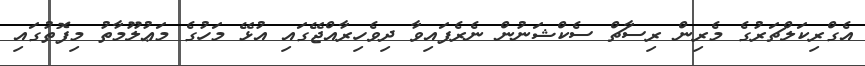
އެގްރިކަލްޗަރުގެ މެރިން ރިސާޗް ސެކްޝަނުން ނެރެފައިވާ ދިވެހިރާއްޖޭގައި އުޅޭ މަހުގެ މަޢުލޫމާތު މިފޮތުގައި